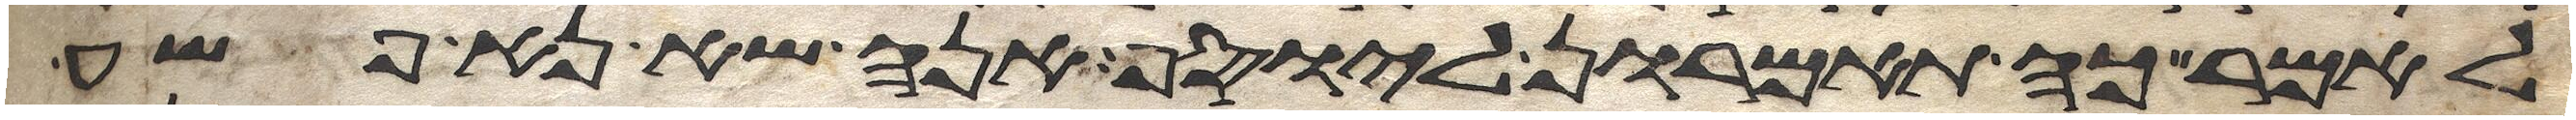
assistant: לאמר כה תאמרון ליוסף אנה שא נא פשע